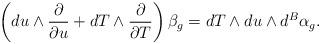
LaTeX: \begin{align*}\left(du\wedge\frac{\partial}{\partial u}+dT\wedge\frac{\partial}{\partial T}\right)\beta_g=dT\wedge du\wedge d^B\alpha_g.\end{align*}